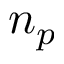
n _ { p }